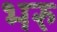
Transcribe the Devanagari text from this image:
भरु